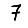
Digit: 7